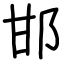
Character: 邯